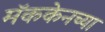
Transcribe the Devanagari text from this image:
मॅककेनच्या